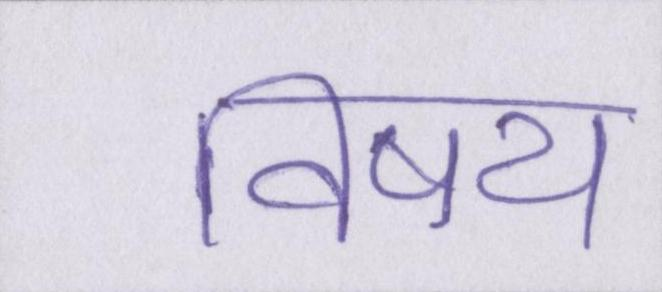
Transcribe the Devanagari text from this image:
विषय